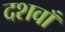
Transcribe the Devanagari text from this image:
दशवाँ